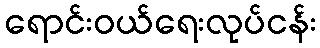
ရောင်းဝယ်ရေးလုပ်ငန်း